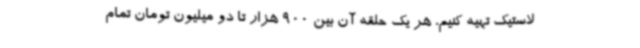
لاستیک تهیه کنیم، هر یک حلقه آن بین 900 هزار تا دو میلیون تومان تمام